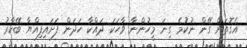
އެގޮތަށް ގޭން ނުކުމެ ގިނަ މީހުންނާ ވާހަކަ ދައްކާ ހަދަން ފަށައިފިއްޔާ ބޭކާރު